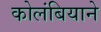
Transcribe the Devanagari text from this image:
कोलंबियाने